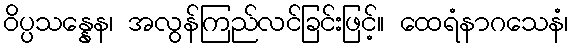
ဝိပ္ပသန္နေန၊ အလွန်ကြည်လင်ခြင်းဖြင့်။ ထေရံနာဂသေနံ၊